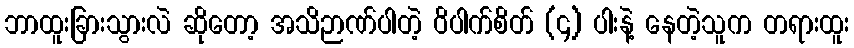
ဘာထူးခြားသွားလဲ ဆိုတော့ အသိဉာဏ်ပါတဲ့ ဝိပါက်စိတ် (၄) ပါးနဲ့ နေတဲ့သူက တရားထူး